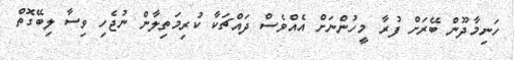
ހަނިމާދޫން ބޭރަށް ފުރާ މީހުންނަށް އެއްވެސް ދައްޗަކާ ކުރިމަތިލާން ނުޖެހި ވިސާ ލިބޭގޮތް